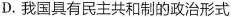
D.我国具有民主共和制的政治形式